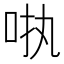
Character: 𪠺